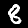
Digit: 8